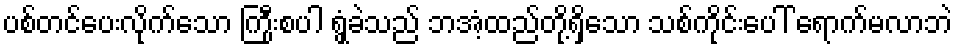
ပစ်တင်ပေးလိုက်သော ကြီုးစပါ ရွှံ့ခဲသည် ဘအံ့ထည်တို့ရှိသော သစ်ကိုင်းပေါ် ရောက်မလာဘဲ